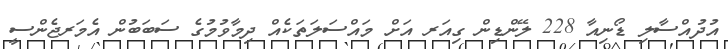
އުދުއްސާލި ޑޯނިއާ 228 ލޭންޑިން ގިއަރ އަށް މައްސަލަތަކެއް ދިމާވުމުގެ ސަބަބުން އެމަރޖެންސީ